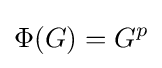
\Phi (G)=G^{p}